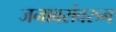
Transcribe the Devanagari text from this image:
जनावरांवरुन